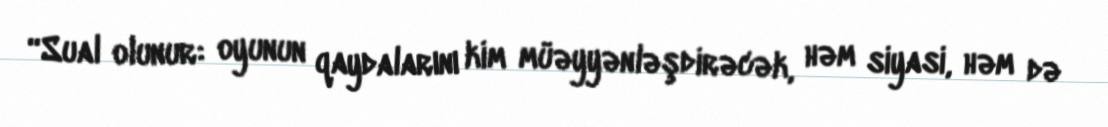
“Sual olunur: oyunun qaydalarını kim müəyyənləşdirəcək, həm siyasi, həm də